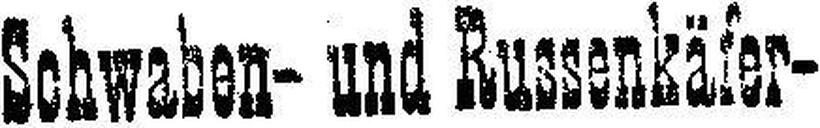
Schwaben- und Russenkäfer-